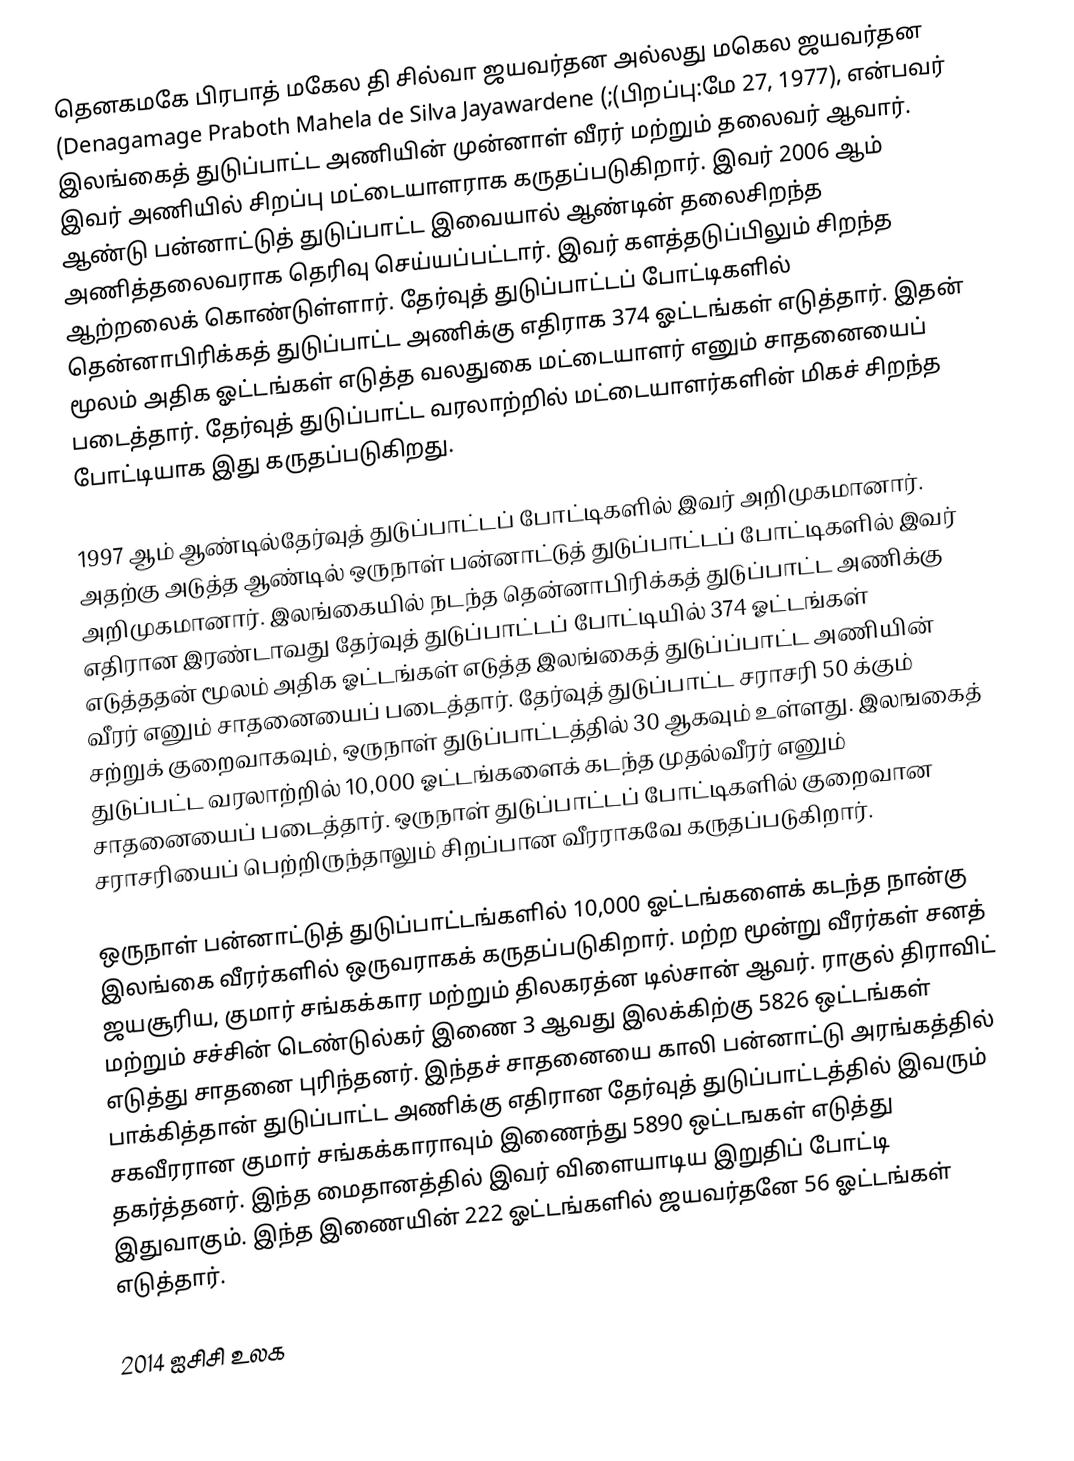
தெனகமகே பிரபாத் மகேல தி சில்வா ஜயவர்தன அல்லது மகெல ஜயவர்தன (Denagamage Praboth Mahela de Silva Jayawardene (;(பிறப்பு:மே 27, 1977), என்பவர் இலங்கைத் துடுப்பாட்ட அணியின் முன்னாள்  வீரர் மற்றும் தலைவர் ஆவார். இவர் அணியில் சிறப்பு மட்டையாளராக கருதப்படுகிறார். இவர் 2006 ஆம் ஆண்டு பன்னாட்டுத் துடுப்பாட்ட  இவையால் ஆண்டின் தலைசிறந்த அணித்தலைவராக தெரிவு செய்யப்பட்டார். இவர் களத்தடுப்பிலும் சிறந்த ஆற்றலைக் கொண்டுள்ளார். தேர்வுத் துடுப்பாட்டப் போட்டிகளில் தென்னாபிரிக்கத் துடுப்பாட்ட அணிக்கு எதிராக 374 ஓட்டங்கள் எடுத்தார். இதன் மூலம் அதிக ஓட்டங்கள் எடுத்த வலதுகை மட்டையாளர் எனும் சாதனையைப் படைத்தார். தேர்வுத் துடுப்பாட்ட வரலாற்றில் மட்டையாளர்களின் மிகச் சிறந்த போட்டியாக இது கருதப்படுகிறது.

1997 ஆம் ஆண்டில்தேர்வுத் துடுப்பாட்டப் போட்டிகளில் இவர் அறிமுகமானார். அதற்கு அடுத்த ஆண்டில் ஒருநாள் பன்னாட்டுத் துடுப்பாட்டப் போட்டிகளில் இவர் அறிமுகமானார். இலங்கையில் நடந்த தென்னாபிரிக்கத் துடுப்பாட்ட அணிக்கு எதிரான இரண்டாவது தேர்வுத் துடுப்பாட்டப் போட்டியில் 374 ஓட்டங்கள் எடுத்ததன் மூலம் அதிக ஓட்டங்கள் எடுத்த இலங்கைத் துடுப்ப்பாட்ட அணியின் வீரர் எனும் சாதனையைப் படைத்தார். தேர்வுத் துடுப்பாட்ட சராசரி 50 க்கும் சற்றுக் குறைவாகவும், ஒருநாள் துடுப்பாட்டத்தில் 30 ஆகவும் உள்ளது. இலஙகைத் துடுப்பட்ட வரலாற்றில் 10,000 ஓட்டங்களைக் கடந்த முதல்வீரர் எனும் சாதனையைப் படைத்தார். ஒருநாள் துடுப்பாட்டப் போட்டிகளில் குறைவான சராசரியைப் பெற்றிருந்தாலும் சிறப்பான வீரராகவே கருதப்படுகிறார்.

ஒருநாள் பன்னாட்டுத் துடுப்பாட்டங்களில் 10,000 ஓட்டங்களைக் கடந்த நான்கு இலங்கை வீரர்களில் ஒருவராகக் கருதப்படுகிறார். மற்ற மூன்று வீரர்கள் சனத் ஜயசூரிய, குமார் சங்கக்கார மற்றும் திலகரத்ன டில்சான் ஆவர். ராகுல் திராவிட் மற்றும்  சச்சின் டெண்டுல்கர் இணை 3 ஆவது இலக்கிற்கு 5826 ஒட்டங்கள் எடுத்து சாதனை புரிந்தனர். இந்தச் சாதனையை காலி பன்னாட்டு அரங்கத்தில் பாக்கித்தான் துடுப்பாட்ட அணிக்கு எதிரான தேர்வுத் துடுப்பாட்டத்தில் இவரும் சகவீரரான குமார் சங்கக்காராவும் இணைந்து 5890 ஒட்டஙகள் எடுத்து தகர்த்தனர். இந்த மைதானத்தில் இவர் விளையாடிய இறுதிப் போட்டி இதுவாகும். இந்த இணையின் 222 ஓட்டங்களில் ஜயவர்தனே 56 ஓட்டங்கள் எடுத்தார்.

2014 ஐசிசி உலக